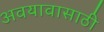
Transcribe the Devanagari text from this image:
अवयावासाठी